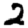
Digit: 2